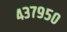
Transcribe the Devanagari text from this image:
४३७९५०